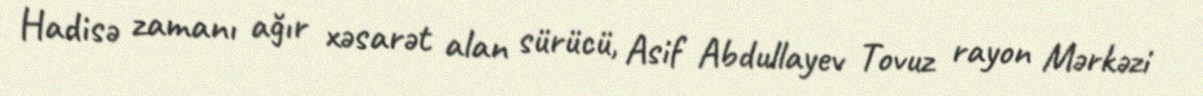
Hadisə zamanı ağır xəsarət alan sürücü, Asif Abdullayev Tovuz rayon Mərkəzi